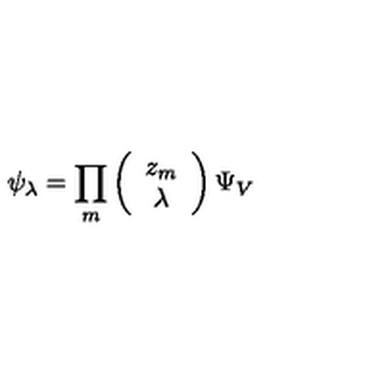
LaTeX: \psi _ { \lambda } = \prod _ { m } \left( \begin{array} { c } { z _ { m } } \\ { \lambda } \\ \end{array} \right) \Psi _ { V }